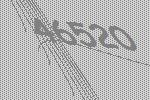
46520